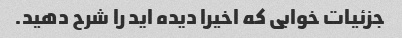
جزئیات خوابی که اخیرا دیده اید را شرح دهید.